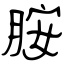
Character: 胺